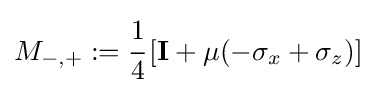
M_{-,+}:={\cfrac {1}{4}}\left[\mathbf {I} +\mu (-\sigma _{x}+\sigma _{z})\right]